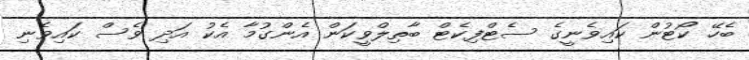
ބެހޭ ކޯޓުން ކައިވެނީގެ ސެޓްފިކެޓް ބާތިލްވީކަން އެންގުމާ އެކު އަދި ވެސް ކައިވެނި